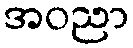
အဝညာ